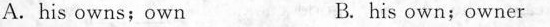
A.his owns;own B. his own;owner